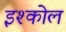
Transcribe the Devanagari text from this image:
इश्कोल